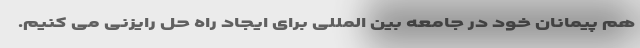
هم پیمانان خود در جامعه بین المللی برای ایجاد راه حل رایزنی می کنیم.